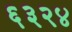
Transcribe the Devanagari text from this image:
६३२४